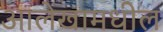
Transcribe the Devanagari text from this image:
आलेखामधील